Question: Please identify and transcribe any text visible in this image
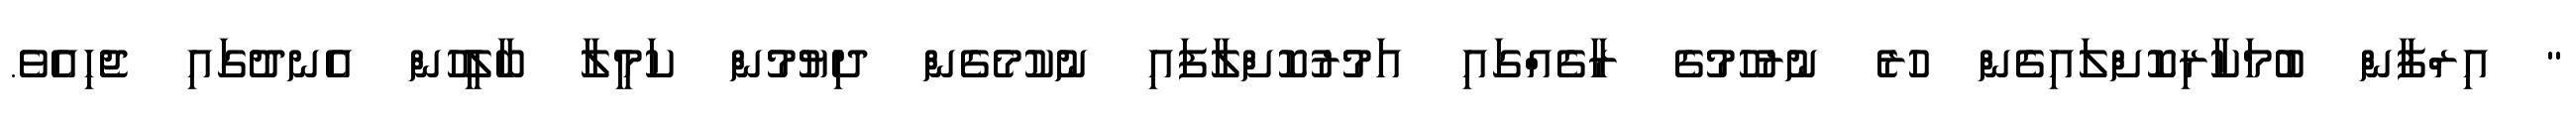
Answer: " އިރްފާން ބުމަކާރިކޮށްލައިގެން ހުރެ ނުރުހުމުގެ ރާގެއްގައި އަމުރުކޮށްލާފައި ނުކުމެގެން ދިޔުމުން ކަމީލާ ބާލީހުން އެނދުގައި ޖެހިއެވެ.